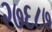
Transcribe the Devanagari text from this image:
२७६८७